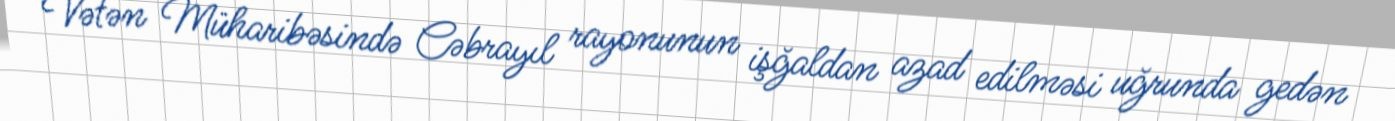
Vətən Müharibəsində Cəbrayıl rayonunun işğaldan azad edilməsi uğrunda gedən